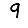
Digit: 9